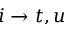
i \rightarrow t , u